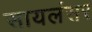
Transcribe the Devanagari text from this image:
सायलंसर